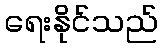
ရေးနိုင်သည်